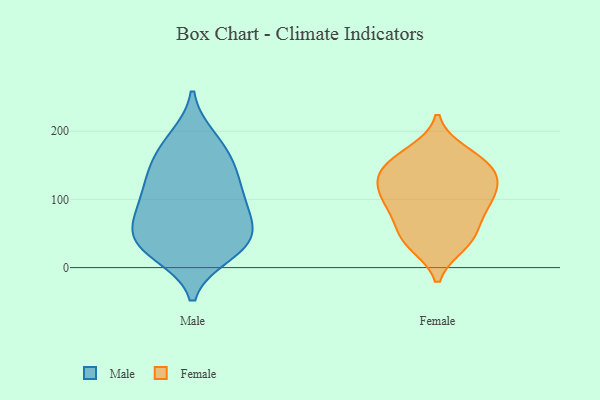
{"axis": {"x": "Net Income (USD K)", "y": "Value"}, "legend": ["Female", "Male"], "data": [{"x": "", "y": 155, "type": "Male"}, {"x": "", "y": 34, "type": "Male"}, {"x": "", "y": 134, "type": "Male"}, {"x": "", "y": 30, "type": "Male"}, {"x": "", "y": 54, "type": "Male"}, {"x": "", "y": 109, "type": "Male"}, {"x": "", "y": 21, "type": "Male"}, {"x": "", "y": 93, "type": "Male"}, {"x": "", "y": 38, "type": "Male"}, {"x": "", "y": 189, "type": "Male"}, {"x": "", "y": 179, "type": "Male"}, {"x": "", "y": 78, "type": "Male"}, {"x": "", "y": 47, "type": "Male"}, {"x": "", "y": 91, "type": "Male"}, {"x": "", "y": 139, "type": "Male"}, {"x": "", "y": 103, "type": "Female"}, {"x": "", "y": 117, "type": "Female"}, {"x": "", "y": 145, "type": "Female"}, {"x": "", "y": 164, "type": "Female"}, {"x": "", "y": 34, "type": "Female"}, {"x": "", "y": 88, "type": "Female"}, {"x": "", "y": 145, "type": "Female"}, {"x": "", "y": 146, "type": "Female"}, {"x": "", "y": 43, "type": "Female"}, {"x": "", "y": 36, "type": "Female"}, {"x": "", "y": 169, "type": "Female"}, {"x": "", "y": 81, "type": "Female"}, {"x": "", "y": 123, "type": "Female"}, {"x": "", "y": 94, "type": "Female"}, {"x": "", "y": 57, "type": "Female"}, {"x": "", "y": 125, "type": "Female"}]}